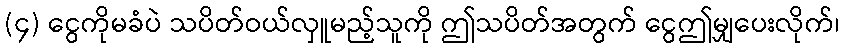
(၄) ငွေကိုမခံပဲ သပိတ်ဝယ်လှူမည့်သူကို ဤသပိတ်အတွက် ငွေဤမျှပေးလိုက်၊